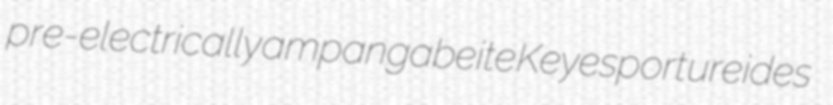
pre-electrically ampangabeite Keyesport ureides